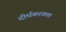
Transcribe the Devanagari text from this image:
दीर्घकरतला